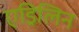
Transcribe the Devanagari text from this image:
एड्रिलिन